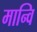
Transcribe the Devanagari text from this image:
मान्वि